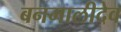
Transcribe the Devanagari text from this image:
बनमालीदेव